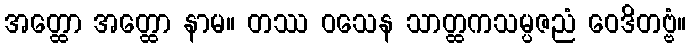
အတ္ထော အတ္ထော နာမ။ တဿ ဝသေန သာတ္ထကသမ္ပဇညံ ဝေဒိတဗ္ဗံ။